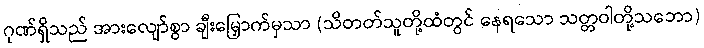
ဂုဏ်ရှိသည် အားလျော်စွာ ချီးမြှောက်မှသာ (သိတတ်သူတို့ထံတွင် နေရသော သတ္တဝါတို့သဘော)